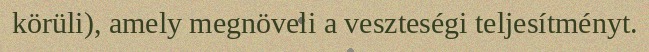
körüli), amely megnöveli a veszteségi teljesítményt.